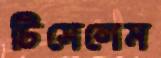
টিসেলেম